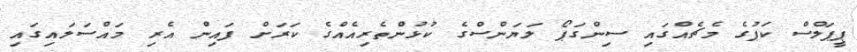
ޕީޕަލްސް ކަޕުގެ މެޗެއްގައި ސިންގަޕޯ ލަޔަންސްގެ ކުޅުންތެރިއެއްގެ ކަރަށް ފައިން އެރި މައްސަލައިގައި